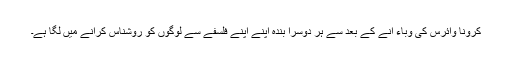
کرونا وائرس کی وباء آنے کے بعد سے ہر دوسرا بندہ اپنے اپنے فلسفے سے لوگوں کو روشناس کرانے میں لگا ہے۔